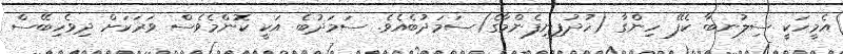
އެމީހަކީ ސިލުނބާ ކެފޭ ހިންގާ (ހުދުފިނިފެންމާގެ)ސަމަދުބެއެވެ. ސަމަދުބެ އަކީ ކޮންމެވެސް ވަރަކަށް ދިވެހިބޭސް